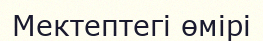
Мектептегі өмірі